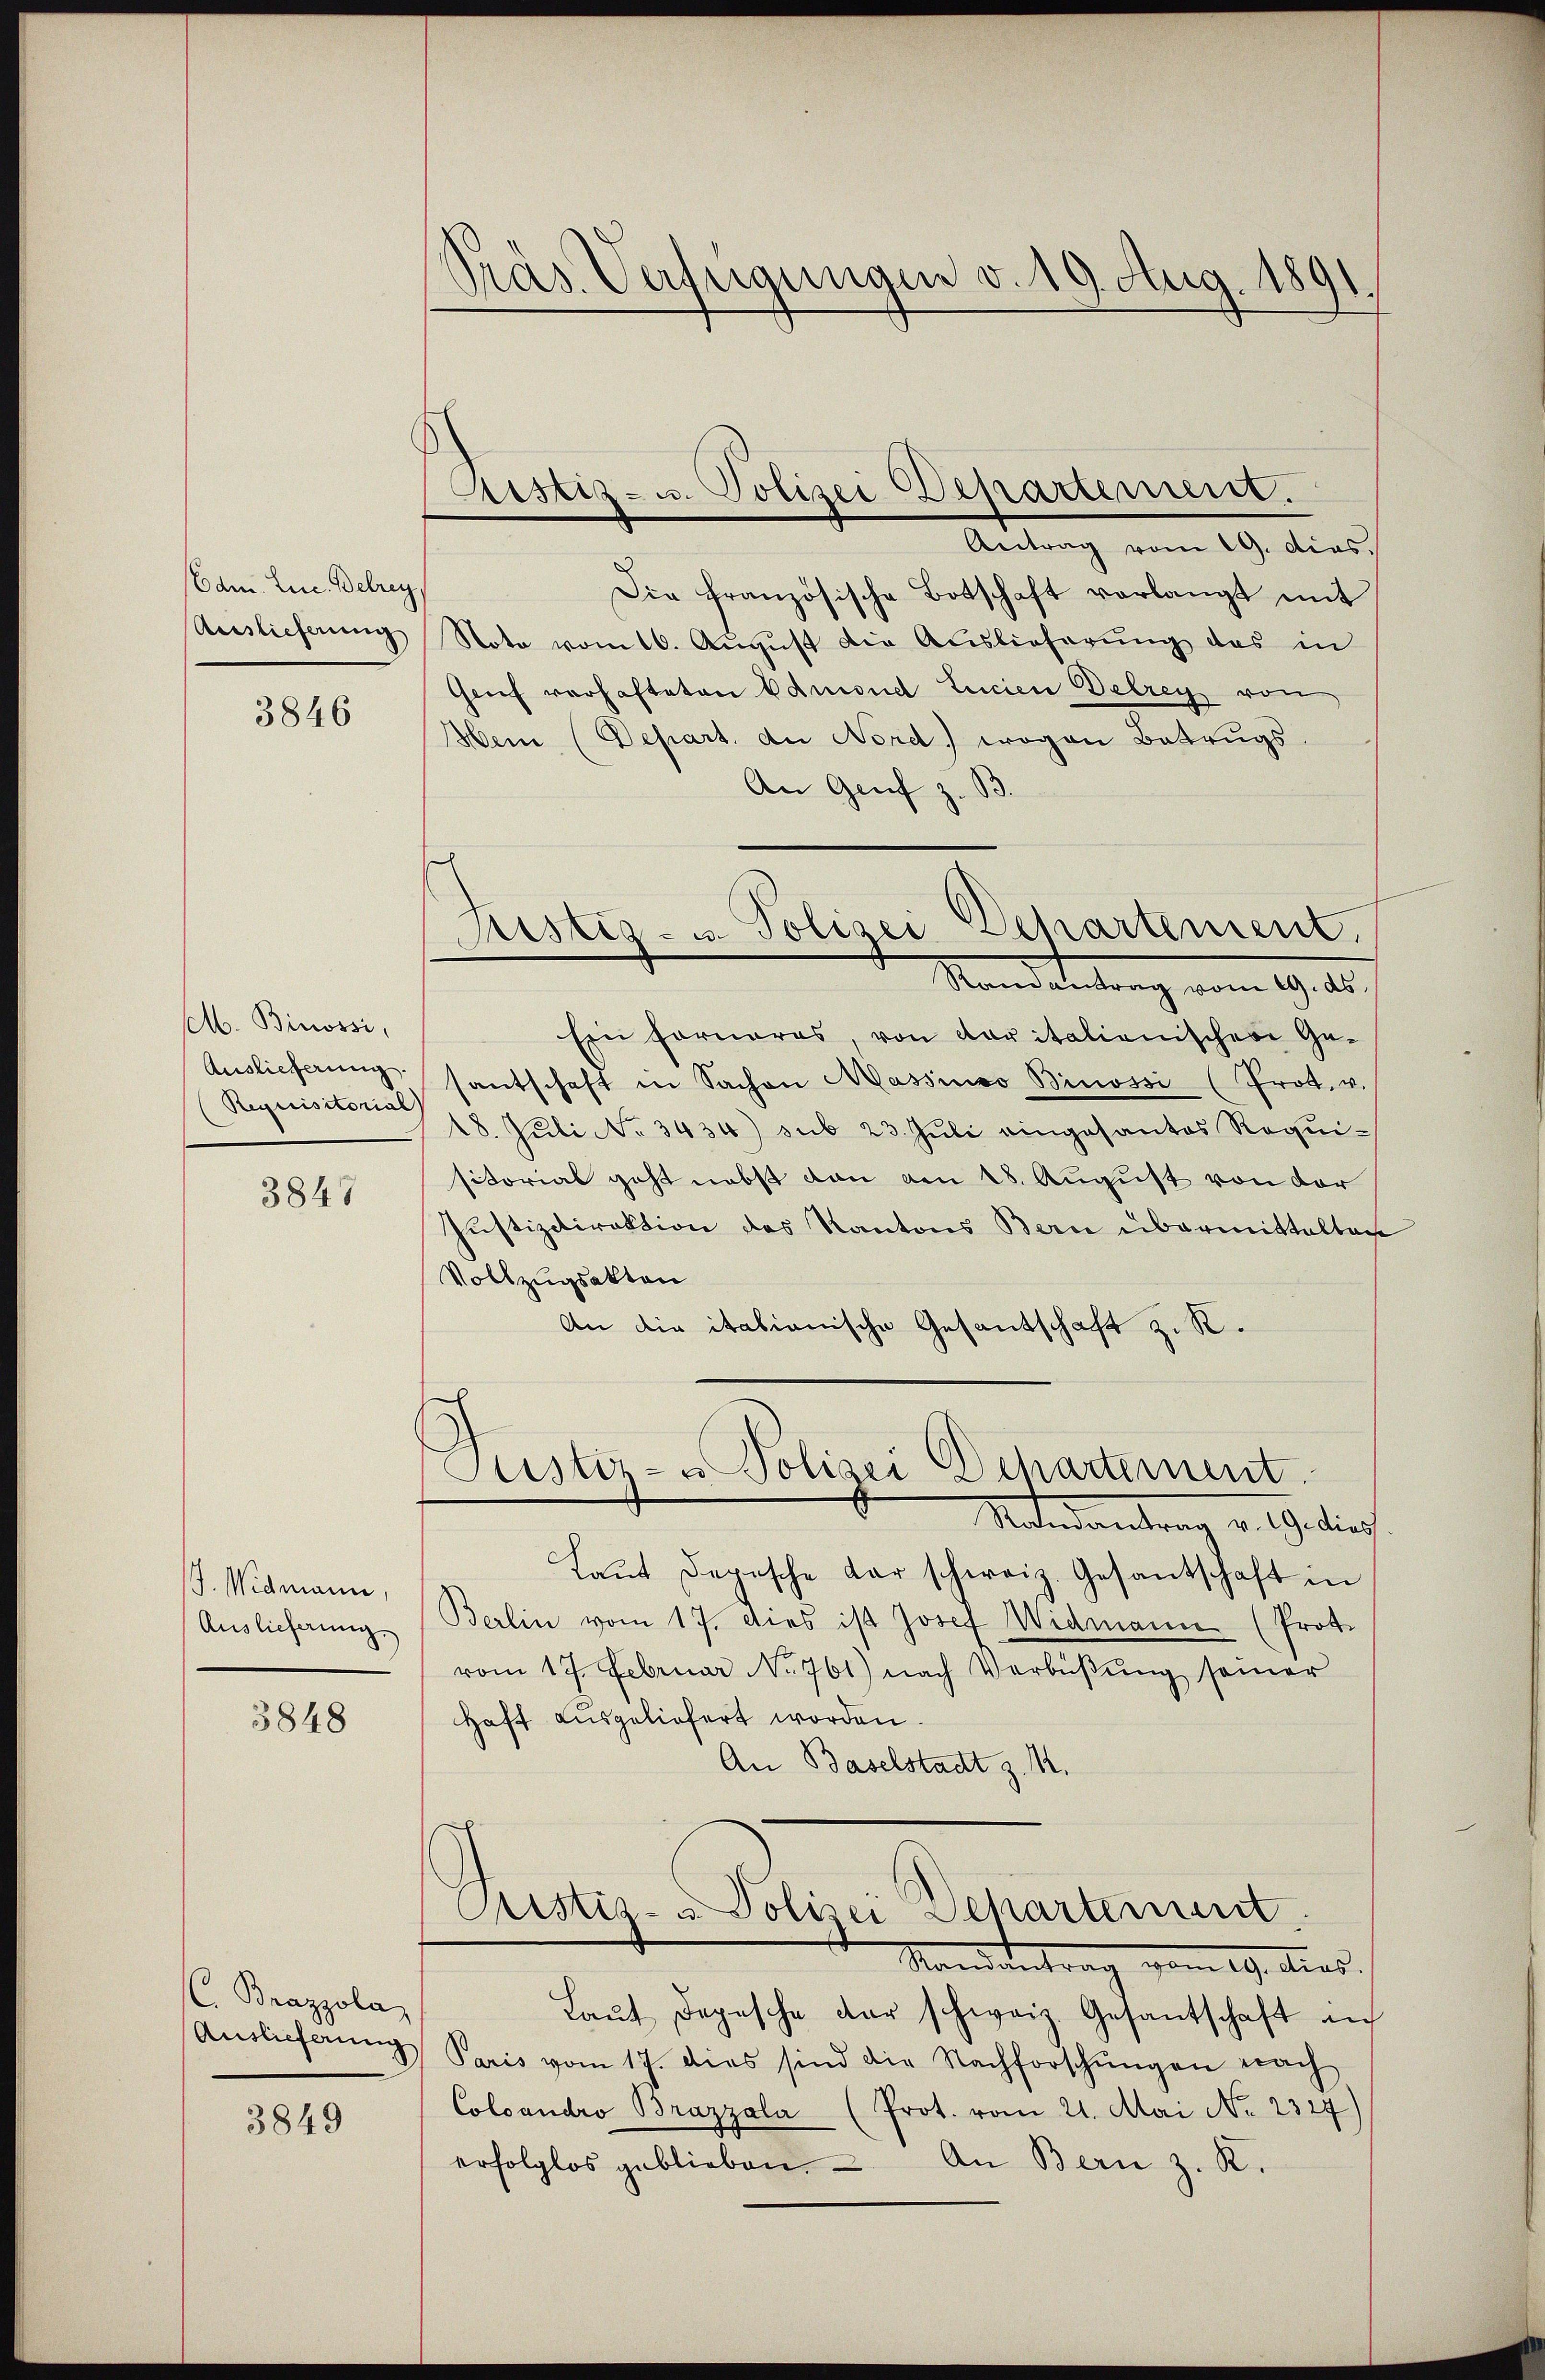
(Edm. Eine Betrey,
Auslieferung

3846

st. Binossi,
Auslieferung.
Requisitorial

3847

/J. Widmann,
Auslieferung

3848

C. Brazzola

3849

Pras Verfügungen v. 19. Aug. 1891.

Astiz- u. Polizei Departement.

Antrag vom 19. dies
Die französische Botschaft verlangt mit
Note vom 16. Aŭgŭst die Auslieferŭng das in
Genf verhafteten Admond Lucien Delrey von
Hein (Depart. der Nord) wogen Betrugs
An Genf z. B.
Ein Forneres von daritalienischer Ge-
santschaft in Sachen Massenso Binossi (Prot. v.
18. Juli No 3434) sub 23. Juli eingesantes Requisitorial geht nebst von am 18. August von der
Justizdirektion des Kantons Bern übermittelbach
Vollzugsakten
An die italienische Gesantschaft z. R.
Justiz- & Polizei Departement
Nandantrag v. Gedich
Laŭt Depesche dar schweiz. Gesantschaft in
Berlin vom 17. Dies ist Josef Widmann (Prot.
vom 17. Februar No. 761) nach Verbüβŭng seiner
Haft ausgeliefert worden.
An Baselstadt z. M.
G
Ristiz- u Polizei Departement
Standente dies
Laŭt Depesche der schweiz. Gesantschaft an
Auslieferung Paris vom 17. dies sind die Nachforschungen nach
Colcandro Brazzala (Prot. vom 21. Mai No 2327)
erfolglos geblieben. An Bern z. R.

h
Justiz- u. Polizei Dehartement.
Standelstrag vom 19. 20. f